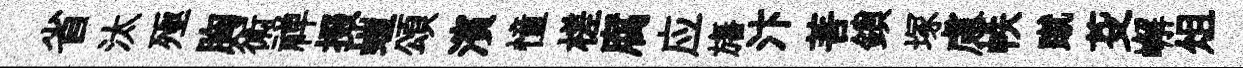
省汰殛胸術禅掇螘頌濱憧槎腐应旛汴菩鎖塚慮帙蹴芟嶰俎